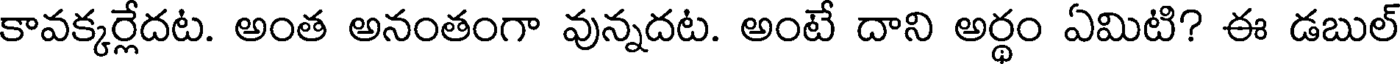
కావక్కర్లేదట. అంత అనంతంగా వున్నదట. అంటే దాని అర్థం ఏమిటి? ఈ డబుల్